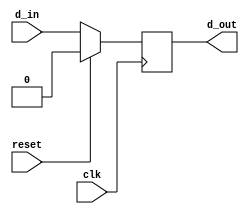
// Kevin Ngo and Jacques Uber
// A flipflop

module flipflop(reset, clk, d_in, d_out);
  input reset, clk;
  input d_in;
  output d_out;
  reg d_out;

  always @(posedge clk)
  begin

    if (reset)
      d_out <= 0;
    else
      d_out <= d_in;
  end
endmodule